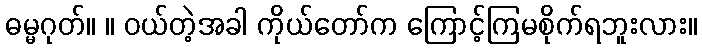
ဓမ္မဂုတ်။ ။ ဝယ်တဲ့အခါ ကိုယ်တော်က ကြောင့်ကြမစိုက်ရဘူးလား။